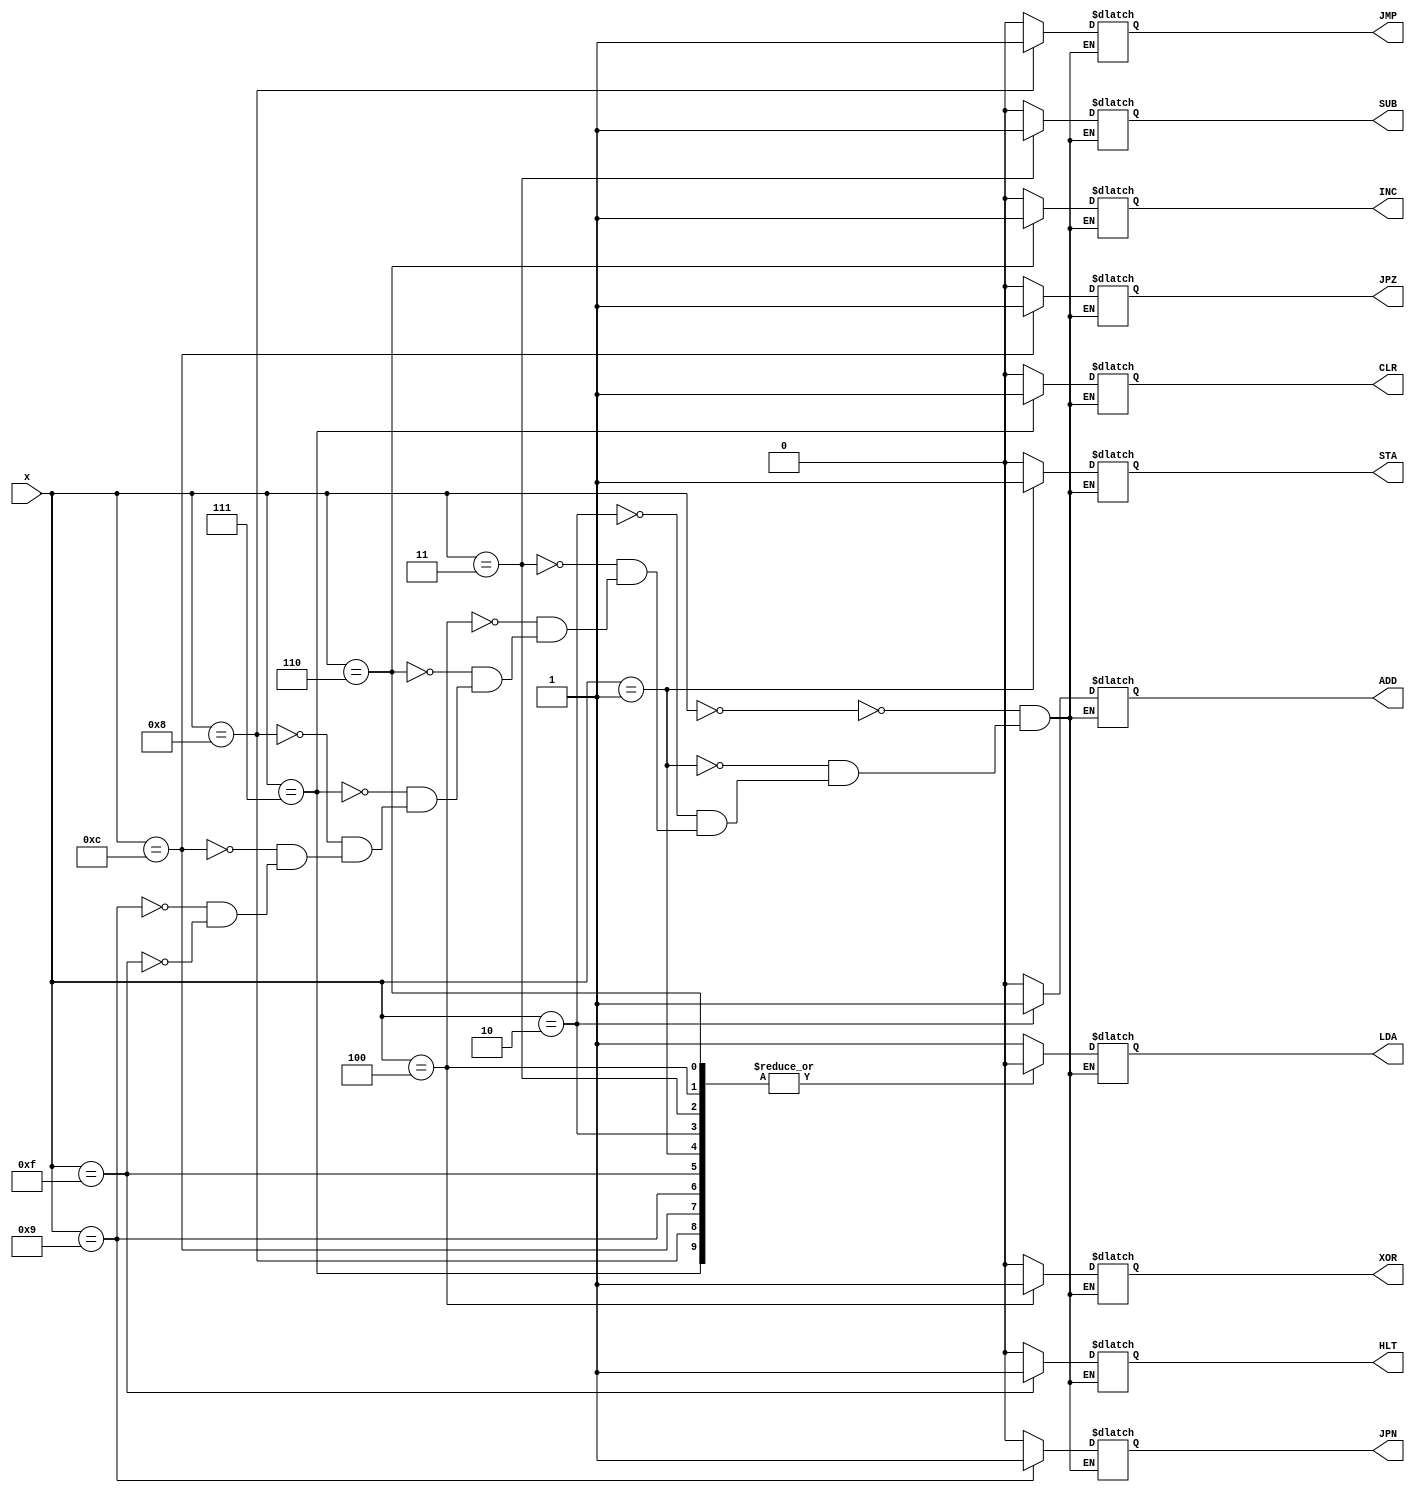
// This program was cloned from: https://github.com/rolo-g/TRISC-Processor
// License: MIT License

//Rolando Rosales 1001850424 - 4-bit Four to Eleven Decoder 

module fourto11decoder (
	input [3:0] x,
	output reg LDA, STA, ADD, SUB, XOR, INC, CLR, JMP, JPZ, JPN, HLT);
	always @ (x)
		case ({x})
		4'b0000: {LDA, STA, ADD, SUB, XOR, INC, CLR, JMP, JPZ, JPN, HLT} = 11'b10000000000;
		4'b0001: {LDA, STA, ADD, SUB, XOR, INC, CLR, JMP, JPZ, JPN, HLT} = 11'b01000000000;
		4'b0010: {LDA, STA, ADD, SUB, XOR, INC, CLR, JMP, JPZ, JPN, HLT} = 11'b00100000000;
		4'b0011: {LDA, STA, ADD, SUB, XOR, INC, CLR, JMP, JPZ, JPN, HLT} = 11'b00010000000;
		4'b0100: {LDA, STA, ADD, SUB, XOR, INC, CLR, JMP, JPZ, JPN, HLT} = 11'b00001000000;
		4'b0110: {LDA, STA, ADD, SUB, XOR, INC, CLR, JMP, JPZ, JPN, HLT} = 11'b00000100000;
		4'b0111: {LDA, STA, ADD, SUB, XOR, INC, CLR, JMP, JPZ, JPN, HLT} = 11'b00000010000;
		4'b1000: {LDA, STA, ADD, SUB, XOR, INC, CLR, JMP, JPZ, JPN, HLT} = 11'b00000001000;
		4'b1100: {LDA, STA, ADD, SUB, XOR, INC, CLR, JMP, JPZ, JPN, HLT} = 11'b00000000100;
		4'b1001: {LDA, STA, ADD, SUB, XOR, INC, CLR, JMP, JPZ, JPN, HLT} = 11'b00000000010;
		4'b1111: {LDA, STA, ADD, SUB, XOR, INC, CLR, JMP, JPZ, JPN, HLT} = 11'b00000000001;
	endcase
endmodule